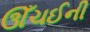
ઊઁચઈની